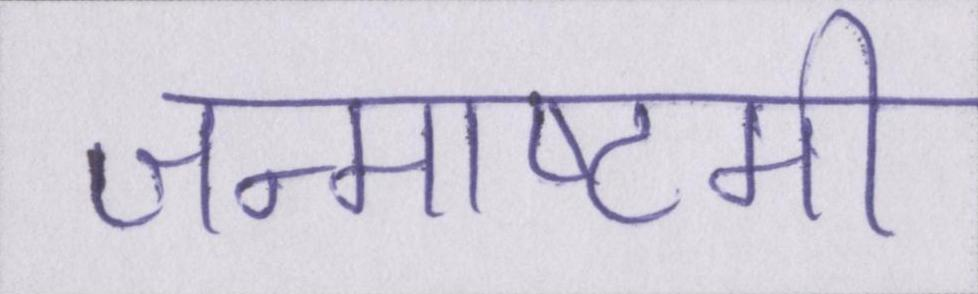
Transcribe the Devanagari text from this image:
जन्माष्टमी